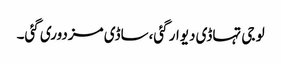
لو جی تہاڈی دیوار گئی،ساڈی مزدوری گئی۔